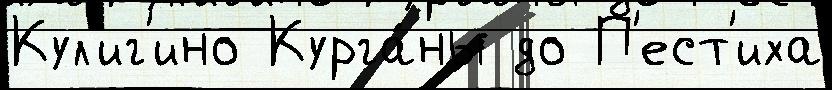
Кул'иг'ино Курга́ны до П'ест'иха